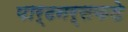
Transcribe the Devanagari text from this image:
पार्टनर्सकडे